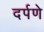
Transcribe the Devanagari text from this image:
दर्पणे